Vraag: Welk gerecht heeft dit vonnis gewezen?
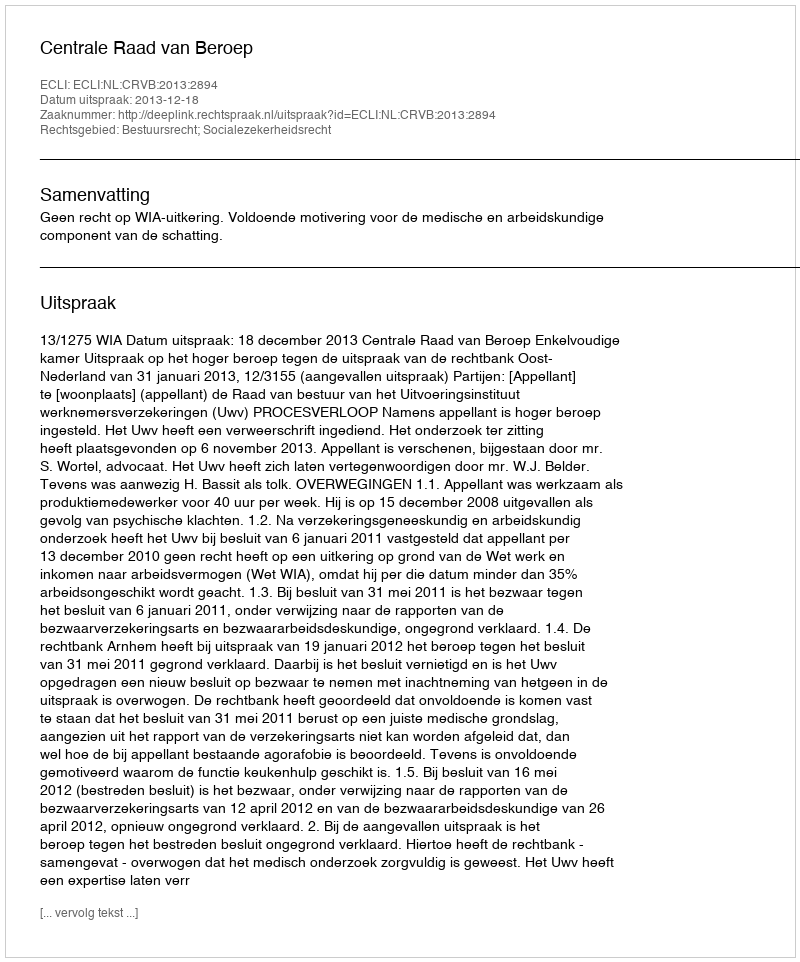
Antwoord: Centrale Raad van Beroep